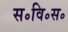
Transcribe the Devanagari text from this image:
स॰वि॰स॰